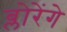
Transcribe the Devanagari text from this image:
ब्लोरेंगे